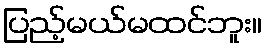
ပြည့်မယ်မထင်ဘူး။